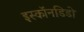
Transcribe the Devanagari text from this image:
इस्कॉनडिडो